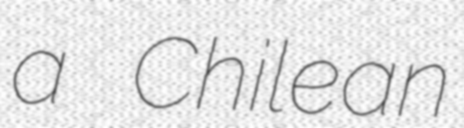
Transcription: a Chilean